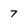
Character: 7